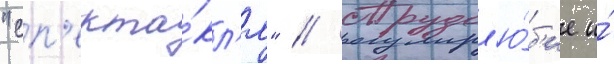
"сп'екта́кл'я" // Трудол'ю́б'ие и́